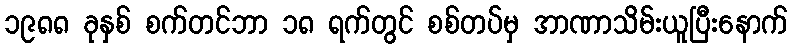
၁၉၈၈ ခုနှစ် စက်တင်ဘာ ၁၈ ရက်တွင် စစ်တပ်မှ အာဏာသိမ်းယူပြီးနောက်